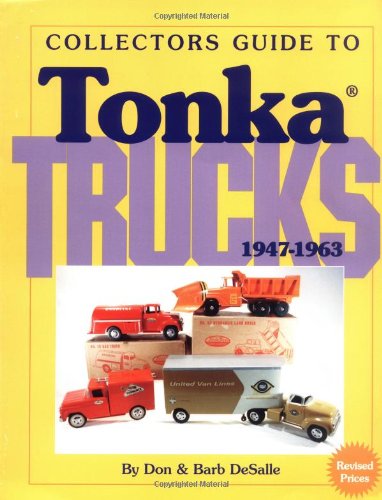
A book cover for Collectors Guide to Tonka Trucks, 1947-1963; Don DeSalle; Crafts, Hobbies & Home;